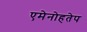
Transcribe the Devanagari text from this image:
एमेनोहतेप